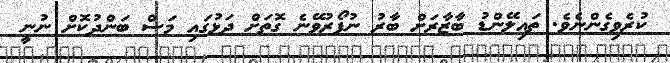
ކުރެވިގެންނެވެ. ތައިލޭންޑު ބާޒާރަށް ބާރު ނުފޯރުވޭނެ ގޮތަށް ދަޅުގައި މަސް ބަންދުކޮށް ނުނީ